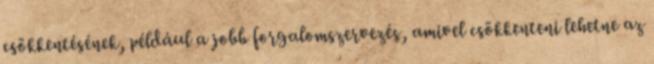
csökkentésének, például a jobb forgalomszervezés, amivel csökkenteni lehetne az